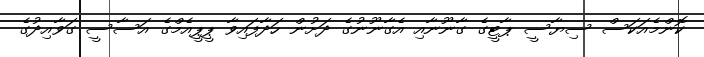
ކޮންމެއަކަސް ސިޔާސީ ޕާޓީގެ ގާނޫނާއި އެގާނޫނުގެ ދަށުން ހަދާފައިވާ ޕީޕީއެމްގެ އަސާސީ ގަވާއިދުގެ